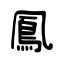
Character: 鳳